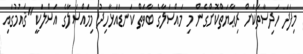
މިފަދަ ހަދިސާތަކަށް ރިޢާޔަތްކޮށްގެން މި މައްސަލާގެ ބާވަތް ކަނޑައަޅާހިދު މިމައްސަލާގެ އަސްލަކީ "ޤައުމުގައި